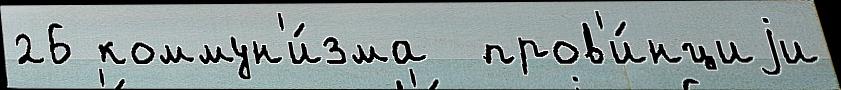
26 коммун'и́зма  пров'и́нциjи